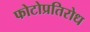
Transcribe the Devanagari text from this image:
फोटोप्रतिरोध